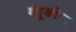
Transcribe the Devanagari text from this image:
बंदूकीला